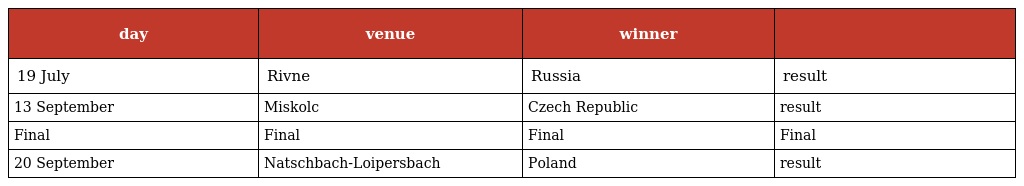
| day | venue | winner |  |
 | --- | --- | --- | --- |
 | 19 July | Rivne | Russia | result |
 | 13 September | Miskolc | Czech Republic | result |
 | Final | Final | Final | Final |
 | 20 September | Natschbach-Loipersbach | Poland | result |